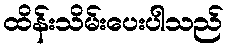
ထိန်းသိမ်းပေးပါသည်